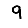
Digit: 9